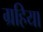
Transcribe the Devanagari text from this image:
ग्रहिया